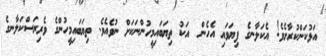
އަޅުކަންކުރާށެވެ! އެކަލާނގެ ފިޔަވައި އެހެން  އަކު ތިޔަބައިމީހުންނަކަށް ނުވެއެވެ. ތިޔަބައިމީހުންގެ ވެރިރަސްކަލާނގެ